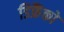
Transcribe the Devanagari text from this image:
डिफ्रैंको